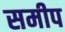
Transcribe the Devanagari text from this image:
समीप